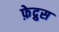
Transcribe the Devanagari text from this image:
फ़ेद्रुस